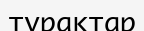
тұрактар